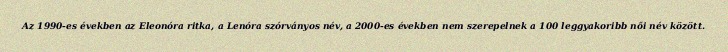
Az 1990-es években az Eleonóra ritka, a Lenóra szórványos név, a 2000-es években nem szerepelnek a 100 leggyakoribb női név között.